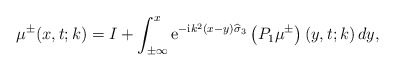
\begin{align*}\mu^{\pm}(x,t;k)=I+\int_{\pm\infty}^{x} \mathrm{e}^{-\mathrm{i} k^2\left(x-y \right) \widehat{ \sigma}_3}\left(P_1 \mu^{\pm}\right)\left(y,t;k\right) dy, \end{align*}